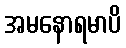
အမနောရမာပိ